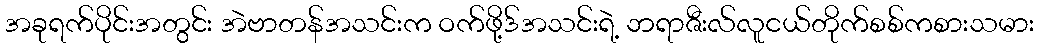
အခုရက်ပိုင်းအတွင်း အဲဗာတန်အသင်းက ဝက်ဖို့ဒ်အသင်းရဲ့ ဘရာဇီးလ်လူငယ်တိုက်စစ်ကစားသမား